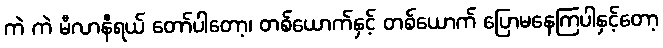
ကဲ ကဲ မီလာနီရယ် တော်ပါတော့၊ တစ်ယောက်နှင့် တစ်ယောက် ပြောမနေကြပါနှင့်တော့